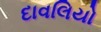
દાવલિયો